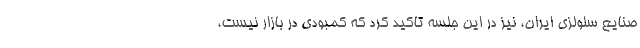
صنایع سلولزی ایران، نیز در این جلسه تاکید کرد که کمبودی در بازار نیست،